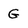
Character: G